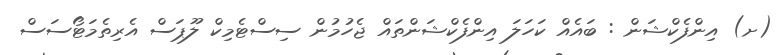
(ށ) އިންފެކްޝަން : ބައެއް ކަހަލަ އިންފެކްޝަންތައް ޖެހުމުން ސިސްޓެމިކް ލޫޕަސް އެރިތެމަޓޯސަސް